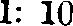
1: 10